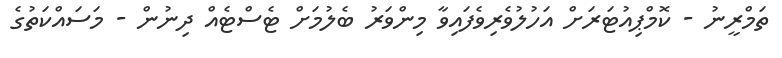
ތަމްރީނު - ކޮމްޕިއުޓަރަށް އަހުލުވެރިވެފައިވާ މިންވަރު ބެލުމަށް ޓެސްޓެއް ދިނުން - މަސައްކަތުގެ